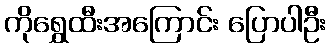
ကိုရွှေထီးအကြောင်း ပြောပါဦး